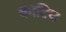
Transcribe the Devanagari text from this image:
काटिच